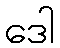
ဒေါ